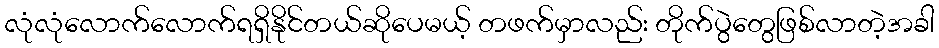
လုံလုံလောက်လောက်ရရှိနိုင်တယ်ဆိုပေမယ့် တဖက်မှာလည်း တိုက်ပွဲတွေဖြစ်လာတဲ့အခါ